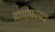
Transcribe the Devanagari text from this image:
ब्रायोफायटा